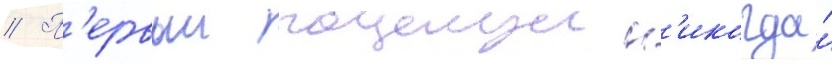
// П'ервыи поцелуи н'икогда́